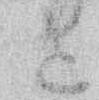
さ